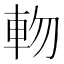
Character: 𨋊